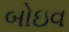
બોઇવ